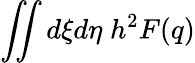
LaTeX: \iint d\xi d\eta\; h^{2}F(q)